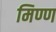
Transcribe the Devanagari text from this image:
मिण्ण